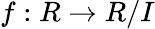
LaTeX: f:R\rightarrow R/I